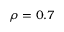
\rho = 0 . 7